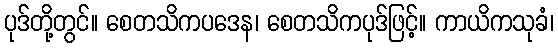
ပုဒ်တို့တွင်။ စေတသိကပဒေန၊ စေတသိကပုဒ်ဖြင့်။ ကာယိကသုခံ၊